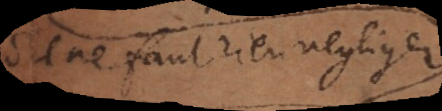
ne faut rien negliger